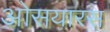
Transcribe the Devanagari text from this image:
ओसयारस